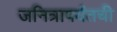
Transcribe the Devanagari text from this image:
जनित्रापर्यंतची